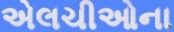
એલચીઓના